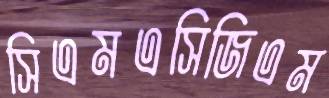
সিএমএসিজিএম